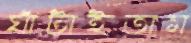
ঘাঁটাইতাম